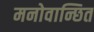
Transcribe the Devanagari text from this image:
मनोवान्छित